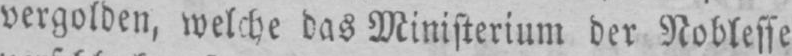
vergolden, welche das Ministerium der Noblesse